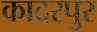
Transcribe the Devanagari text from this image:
कादरपुर